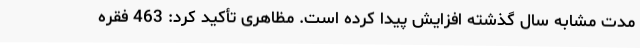
مدت مشابه سال گذشته افزایش پیدا کرده است. مظاهری تأکید کرد: 463 فقره